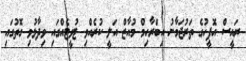
ރައީސް އޮފީހުގެ ތަރުޖަމާނު އިބްރާހިމް މުއާޒް އަލީ ކުރެއްވި ޓުވީޓެއްގައި ވިދާޅުވި ގޮތުގައި